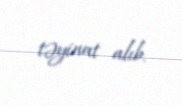
təyinat alıb.